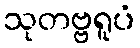
သုတဗ္ဗရူပံ